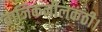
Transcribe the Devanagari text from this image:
ताजिकनीलकंठी।